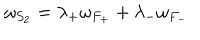
\omega _ { S _ { 2 } } = \lambda _ { + } \omega _ { F _ { + } } + \lambda _ { - } \omega _ { F _ { - } }